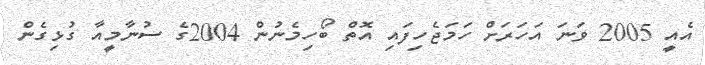
އެއީ 2005 ވަނަ އަހަރަށް ހަމަޖެހިފައި އޮތް ބޯހިމެނުން 2004ގެ ސުނާމީއާ ގުޅިގެން